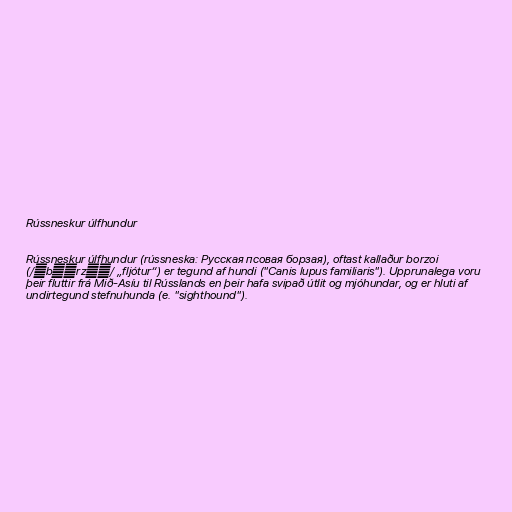
Rússneskur úlfhundur

Rússneskur úlfhundur (rússneska: Русская псовая борзая), oftast kallaður borzoi
(/ˈbɔːrzɔɪ/ „fljótur“) er tegund af hundi ("Canis lupus familiaris"). Upprunalega voru
þeir fluttir frá Mið-Asíu til Rússlands en þeir hafa svipað útlit og mjóhundar, og er hluti af
undirtegund stefnuhunda (e. "sighthound").